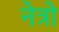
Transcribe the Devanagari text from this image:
नेत्रो